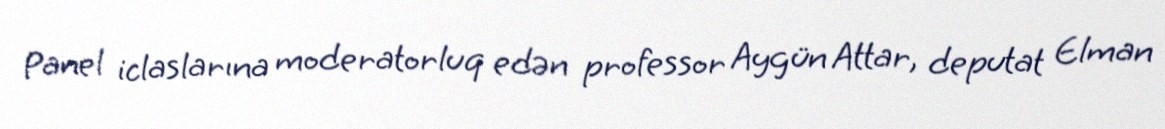
Panel iclaslarına moderatorluq edən professor Aygün Attar, deputat Elman